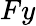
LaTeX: Fy